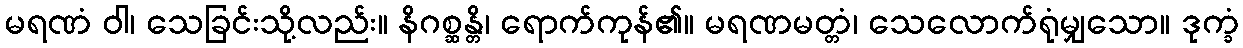
မရဏံ ဝါ၊ သေခြင်းသို့လည်း။ နိဂစ္ဆန္တိ၊ ရောက်ကုန်၏။ မရဏမတ္တံ၊ သေလောက်ရုံမျှသော။ ဒုက္ခံ